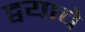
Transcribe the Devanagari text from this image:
द्वयाचे